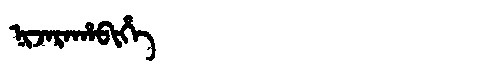
Manchu: ᠨᡳᠵᠠᡵᠠᡥᠠᠪᡳᡥᡝ
Romanization: NIJARAHABIHE